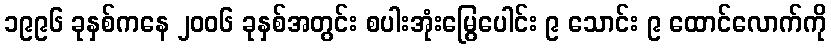
၁၉၉၆ ခုနှစ်ကနေ ၂၀၀၆ ခုနှစ်အတွင်း စပါးအုံးမြွေပေါင်း ၉ သောင်း ၉ ထောင်လောက်ကို